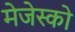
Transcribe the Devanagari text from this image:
मेजेस्‍को